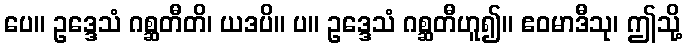
ပေ။ ဥဒ္ဒေသံ ဂစ္ဆတီတိ၊ ယဒပိ။ ပ။ ဥဒ္ဒေသံ ဂစ္ဆတီဟူ၍။ ဧဝမာဒီသု၊ ဤသို့